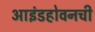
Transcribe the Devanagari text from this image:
आइंडहोवनची